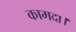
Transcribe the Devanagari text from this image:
कामदा।